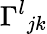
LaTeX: {\Gamma^{l}}_{jk}